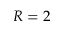
R = 2